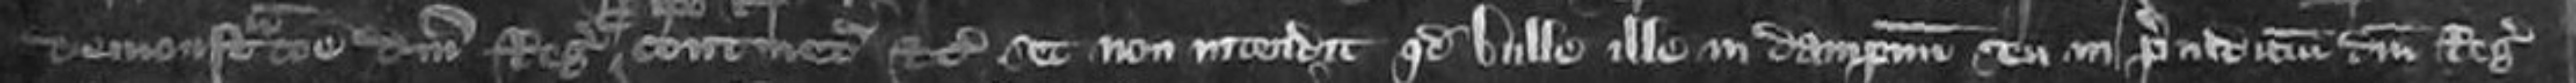
demonstratione domini Regis continetur etc set non intendit quod bulle ille in dampnum seu in preiudicium domini Regis